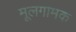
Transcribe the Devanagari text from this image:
मूलगामक